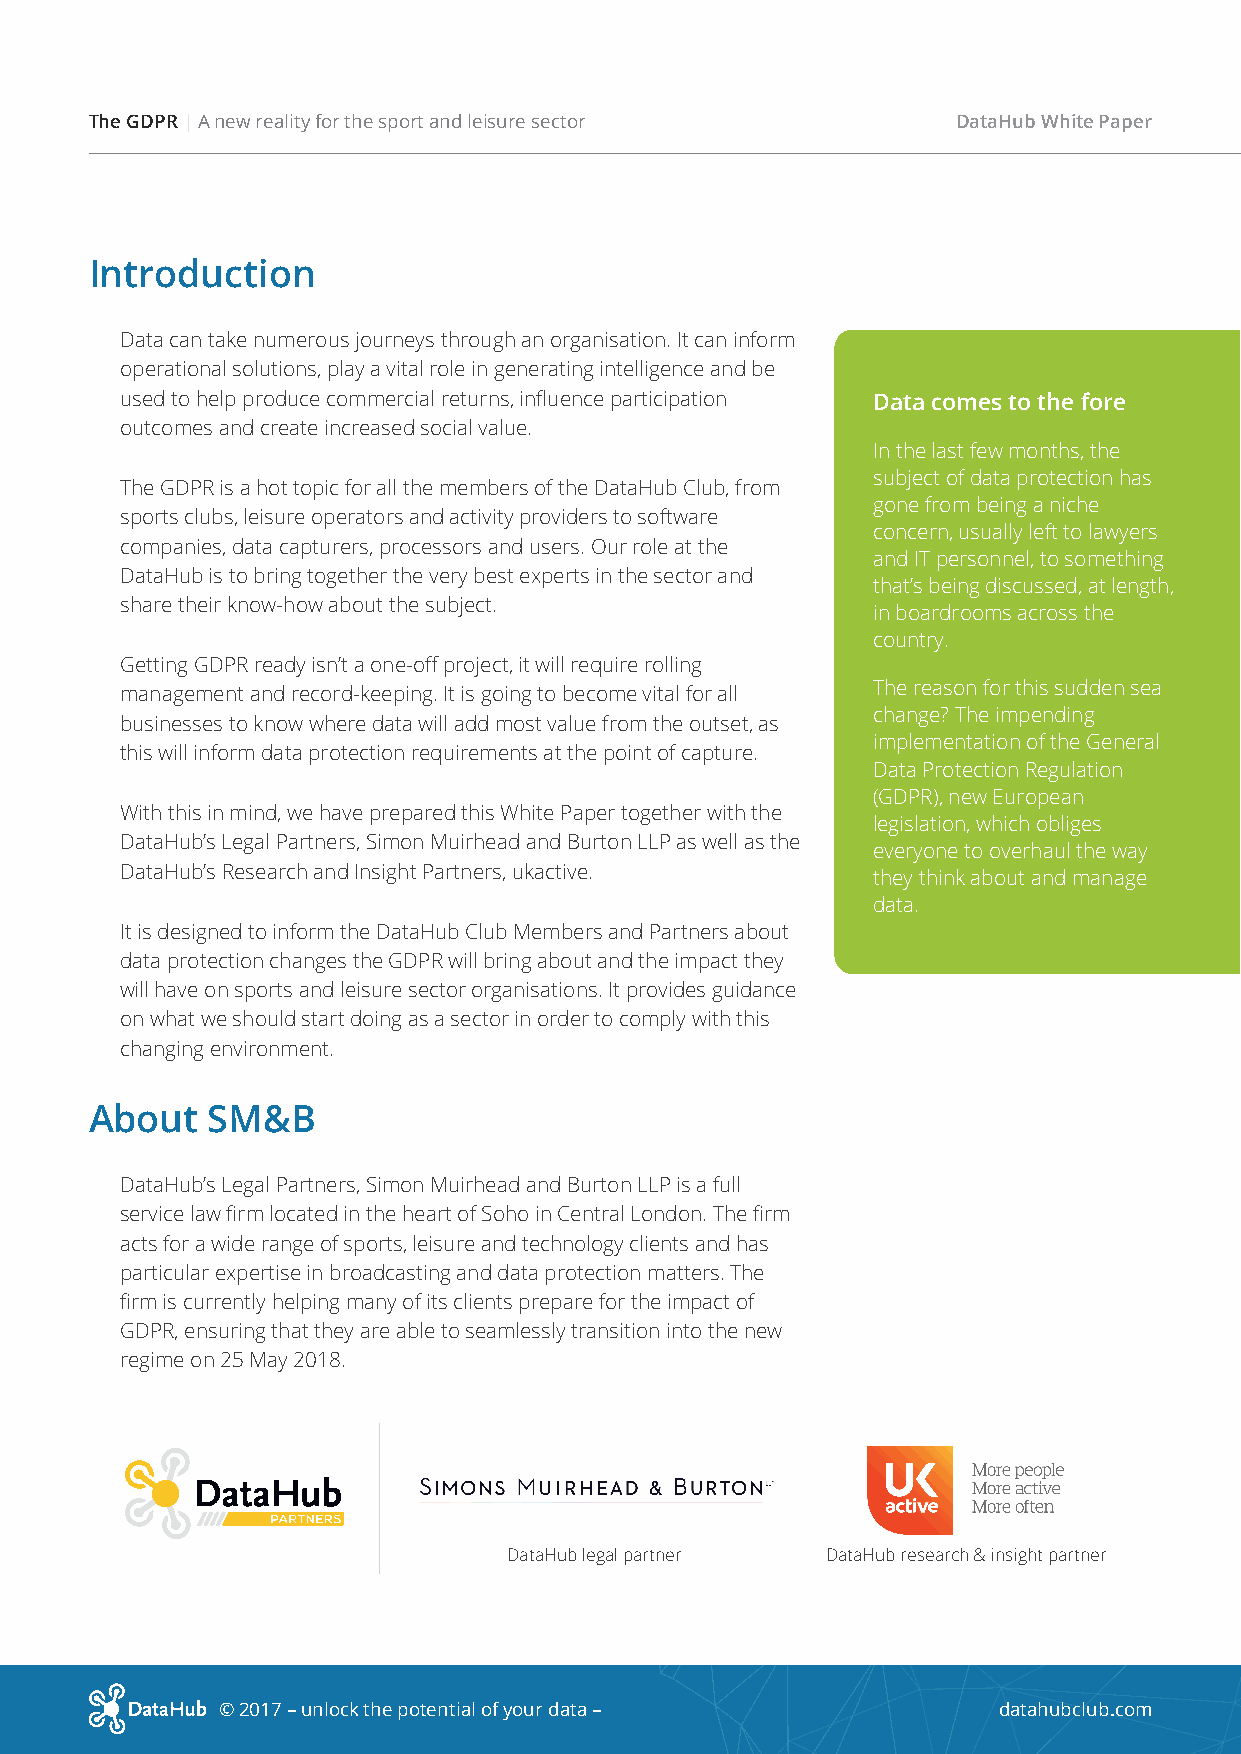
The GDPR | A new reality for the sport and leisure sector DataHub White Paper
 Introduction
 Data can take numerous journeys through an organisation. It can inform
 operational solutions, play a vital role in generating intelligence and be
 used to help produce commercial returns, influence participation Data comes to the fore
 outcomes and create increased social value.
 In the last few months, the
 subject of data protection has
 The GDPR is a hot topic for all the members of the DataHub Club, from
 gone from being a niche
 sports clubs, leisure operators and activity providers to software
 concern, usually left to lawyers
 companies, data capturers, processors and users. Our role at the
 and IT personnel, to something
 DataHub is to bring together the very best experts in the sector and
 that’s being discussed, at length,
 share their know-how about the subject.
 in boardrooms across the
 country.
 Getting GDPR ready isn’t a one-off project, it will require rolling
 management and record-keeping. It is going to become vital for all The reason for this sudden sea
 change? The impending
 businesses to know where data will add most value from the outset, as
 implementation of the General
 this will inform data protection requirements at the point of capture.
 Data Protection Regulation
 (GDPR), new European
 With this in mind, we have prepared this White Paper together with the
 legislation, which obliges
 DataHub’s Legal Partners, Simon Muirhead and Burton LLP as well as the
 everyone to overhaul the way
 DataHub’s Research and Insight Partners, ukactive.
 they think about and manage
 data.
 It is designed to inform the DataHub Club Members and Partners about
 data protection changes the GDPR will bring about and the impact they
 will have on sports and leisure sector organisations. It provides guidance
 on what we should start doing as a sector in order to comply with this
 changing environment.
 About   SM&B
 DataHub’s Legal Partners, Simon Muirhead and Burton LLP is a full
 service law firm located in the heart of Soho in Central London. The firm
 acts for a wide range of sports, leisure and technology clients and has
 particular expertise in broadcasting and data protection matters. The
 firm is currently helping many of its clients prepare for the impact of
 GDPR, ensuring that they are able to seamlessly transition into the new
 regime on 25 May 2018.
 DataHub legal partner DataHub research & insight partner
 © 2017 – unlock the potential of your data –        datahubclub.com